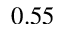
0 . 5 5